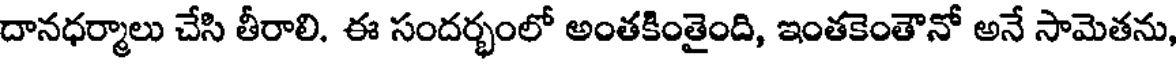
దానధర్మాలు చేసి తీరాలి. ఈ సందర్భంలో అంతకింతైంది, ఇంతకెంతౌనో అనే సామెతను,